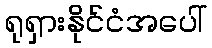
ရုရှားနိုင်ငံအပေါ်